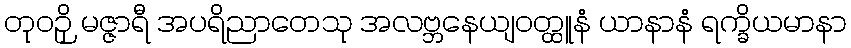
တုဝဉှိ မဇ္ဇာရီ အပရိညာတေသု အလဗ္ဘနေယျဝတ္ထူနံ ယာနာနံ ရက္ခိယမာနာ